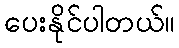
ပေးနိုင်ပါတယ်။